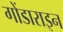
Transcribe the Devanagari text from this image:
गोंडाराइन